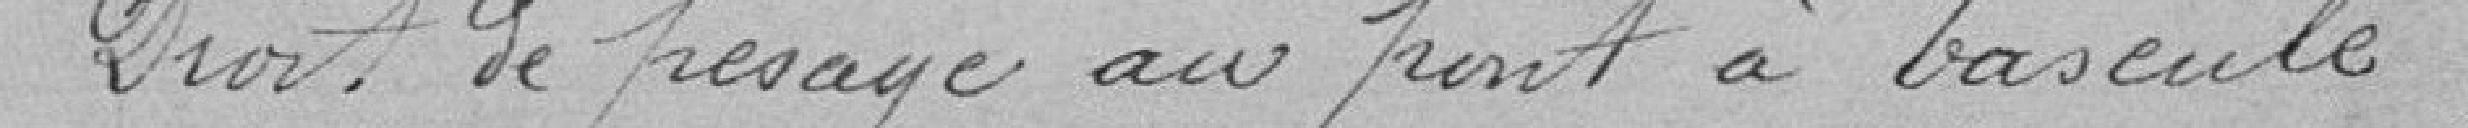
7 Droit de passage au pont à Bascule